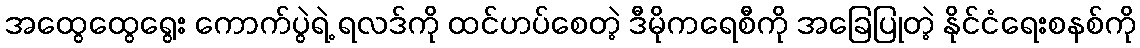
အထွေထွေရွေး ကောက်ပွဲရဲ့ ရလဒ်ကို ထင်ဟပ်စေတဲ့ ဒီမိုကရေစီကို အခြေပြုတဲ့ နိုင်ငံရေးစနစ်ကို